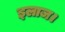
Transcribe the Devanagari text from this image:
इलाज।